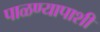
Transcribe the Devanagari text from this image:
पाळण्यापाशी